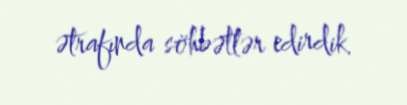
ətrafında söhbətlər edirdik.